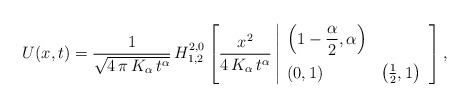
\begin{align*}U(x,t) = \frac{1}{\sqrt{4\,\pi\,K_{\alpha}\,t^{\alpha}}}\,H^{2,0}_{1,2}\left[ \frac{x^2}{4\,K_{\alpha}\,t^{\alpha}}\left|\begin{array}{ll}\displaystyle \left( 1-\frac{\alpha}{2},\alpha\right) & \\[10pt](0,1) & \left( \frac{1}{2},1\right) \end{array}\right.\right],\end{align*}